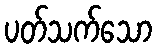
ပတ်သက်သော